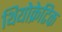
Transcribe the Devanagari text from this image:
थियोक्रेटिक